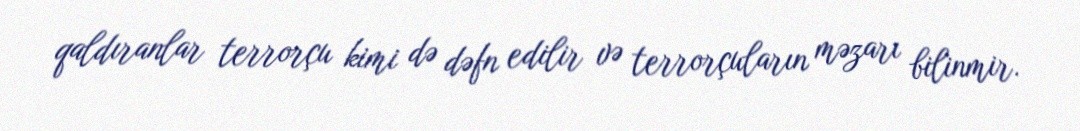
qaldıranlar terrorçu kimi də dəfn edilir və terrorçuların məzarı bilinmir.